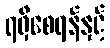
ရရှိစေရန်နှင့်